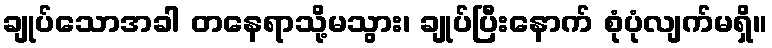
ချုပ်သောအခါ တနေရာသို့မသွား၊ ချုပ်ပြီးနောက် စုံပုံလျက်မရှိ။